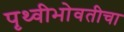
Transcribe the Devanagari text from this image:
पृथ्वीभोवतीचा